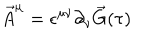
\vec { A } ^ { \mu } = \epsilon ^ { \mu \nu } \partial _ { \nu } \vec { G } ( \tau )